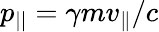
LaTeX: p_{||}=\gamma mv_{\parallel}/c